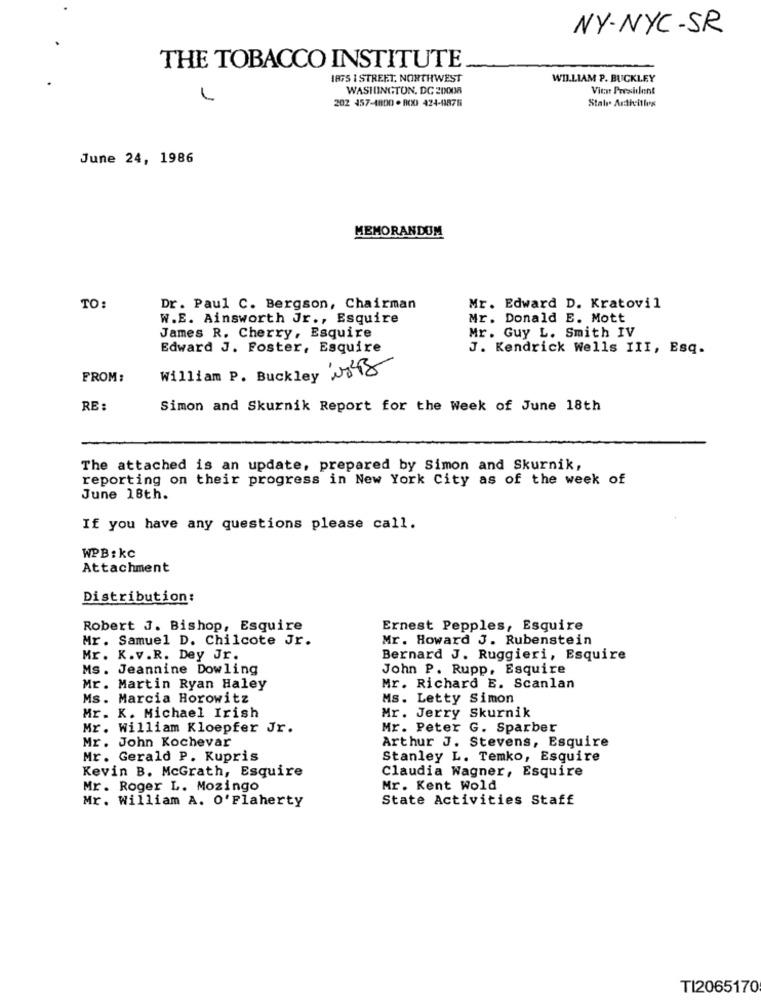
NY-NYC-SR
THE TOBACCO INSTITUTE
1875 1 STREET, NORTHWEST
WILLIAM P. BUCKLEY
WASHINGTON, DC 20008
Vice President
1
202 457-1800 . 800 424-8876
State Activities
June 24, 1986
MEMORANDUM
TO:
Dr. Paul C. Bergson, Chairman
Mr. Edward D. Kratovil
W.E. Ainsworth Jr ., Esquire
Mr. Donald E. Mott
Mr. Guy L. Smith IV
James R. Cherry, Esquire
Edward J. Foster, Esquire
J. Kendrick Wells III, Esq.
William P. Buckley 23418
FROM:
RE:
Simon and Skurnik Report for the Week of June 18th
The attached is an update, prepared by Simon and Skurnik,
reporting on their progress in New York City as of the week of
June 18th.
If you have any questions please call.
WPB : kc
Attachment
Distribution:
Robert J. Bishop, Esquire
Ernest Pepples, Esquire
Mr. Samuel D. Chilcote Jr.
Mr. Howard J. Rubenstein
Mr. K.v.R. Dey Jr.
Bernard J. Ruggieri, Esquire
Ms. Jeannine Dowling
John P. Rupp, Esquire
Mr. Martin Ryan Haley
Mr. Richard E. Scanlan
Ms. Marcia Horowitz
Ms. Letty Simon
Mr. K. Michael Irish
Mr. Jerry Skurnik
Mr. William Kloepfer Jr.
Mr. Peter G. Sparber
Arthur J. Stevens, Esquire
Mr. John Kochevar
Mr. Gerald P. Kupris
Stanley L. Temko, Esquire
Kevin B. McGrath, Esquire
Claudia Wagner, Esquire
Mr. Roger L. Mozingo
Mr. Kent Wold
Mr. William A. O'Flaherty
State Activities Staff
TI2065170